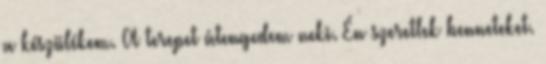
a készülékem. A terepet átengedem neki. Én szeretlek benneteket.